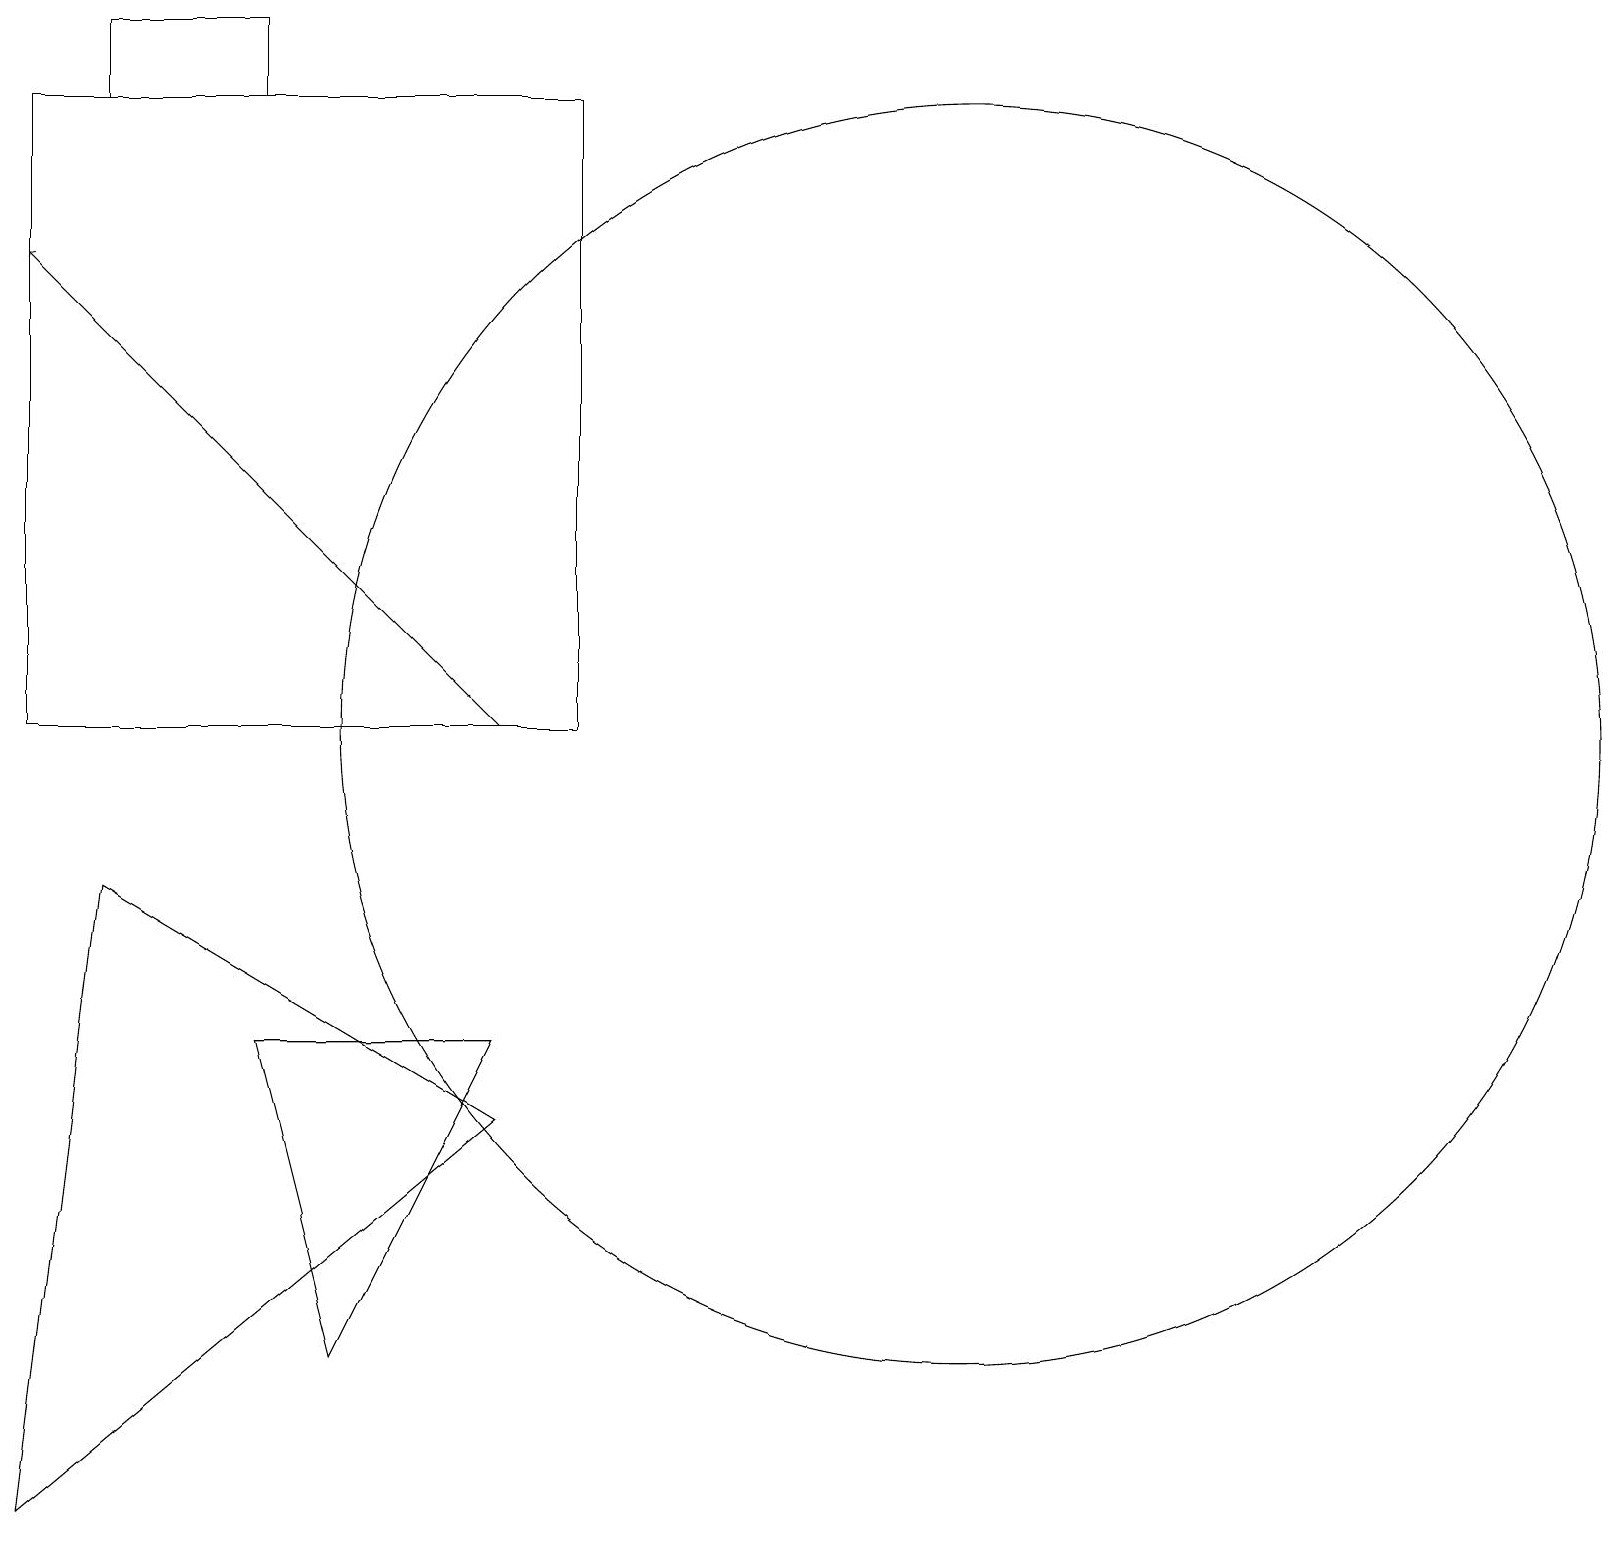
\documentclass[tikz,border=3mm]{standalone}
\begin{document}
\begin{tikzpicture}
\draw (3,6) -- (4,2) -- (6,6) -- cycle;
\draw (1,8) -- (0,0) -- (6,5) -- cycle;
\draw (3,18) rectangle (1,19);
\draw (12,10) circle (8);
\draw (0,10) rectangle (7,18);
\draw[->] (6,10) -- (0,16);
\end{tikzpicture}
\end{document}